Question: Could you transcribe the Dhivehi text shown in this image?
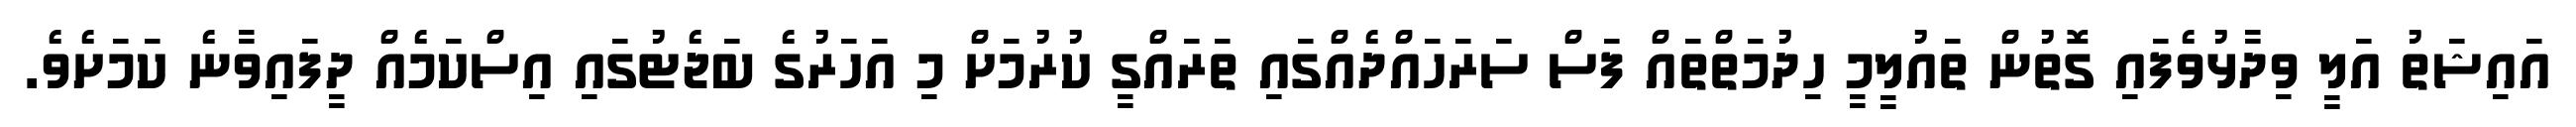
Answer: އައިޝަތު އަލީ ވިދާޅުވެފައި ގޮތުން ތައުލީމީ ހިދުމަތްތައް ފަސް ސަރަހައްދެއްގައި ތަރައްގީ ކުރުމަށް މި އަހަރުގެ ބަޖެޓުގައި އިސްކަމެއް ދީފައިވާނެ ކަމަށެވެ.